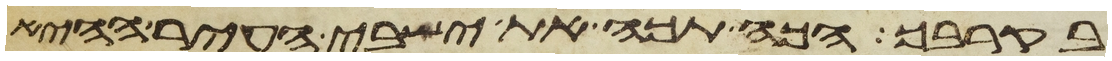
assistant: בקרבך הכה תכה את ישבי העיר ההיא